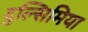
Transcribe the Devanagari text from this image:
दुल्सिमिया